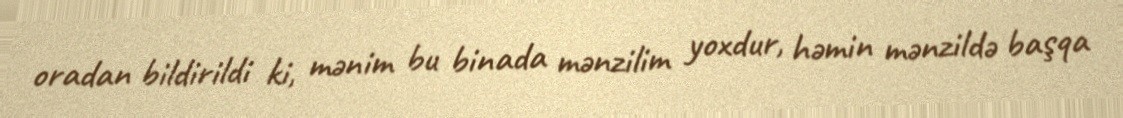
oradan bildirildi ki, mənim bu binada mənzilim yoxdur, həmin mənzildə başqa